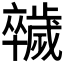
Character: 𣦮